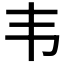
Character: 韦